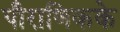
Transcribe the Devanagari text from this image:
पौराणिकके